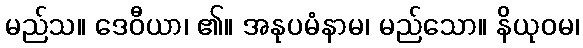
မည်သ။ ဒေဝီယာ၊ ၏။ အနုပမံနာမ၊ မည်သော။ နိယုဝမ၊